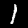
Label: 1